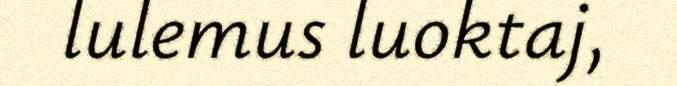
lulemus luoktaj,